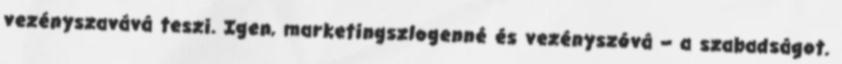
vezényszavává teszi. Igen, marketingszlogenné és vezényszóvá – a szabadságot.